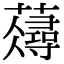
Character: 𧂗